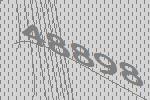
48898